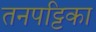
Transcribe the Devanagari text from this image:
तनपट्टिका